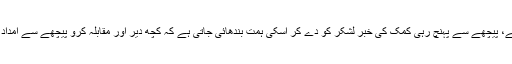
جب معرکہ بڑا ہو اور گھمسان کا رن پڑے تب ہی عام طور پر امدادی فوج طلب کی جاتی ہے، پیچھے سے پہنچ رہی کمک کی خبر لشکر کو دے کر اسکی ہمت بندھائی جاتی ہے کہ کچھ دیر اور مقابلہ کرو پیچھے سے امداد پہنچنے والی ہے، تازہ نفس فوجیوں کے ہوتے گھبرانے کی ضرورت نہیں میدان تمہارا ہے۔